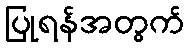
ပြုရန်အတွက်